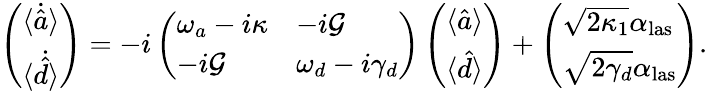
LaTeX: \left(\begin{array}{l}{\langle\dot{\hat{a}}\rangle}\\ {\langle\dot{\hat{d}}\rangle}\end{array}\right)=-i\left(\begin{array}{ll}{\omega_{a}-i\kappa}&{-i\mathcal{G}}\\ {-i\mathcal{G}}&{\omega_{d}-i\gamma_{d}}\end{array}\right)\left(\begin{array}{l}{\langle{\hat{a}}\rangle}\\ {\langle{\hat{d}}\rangle}\end{array}\right)+\left(\begin{array}{l}{\sqrt{2\kappa_{1}}\alpha_{\mathrm{las}}}\\ {\sqrt{2\gamma_{d}}\alpha_{\mathrm{las}}}\end{array}\right).